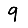
Digit: 9